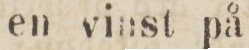
en vinst på